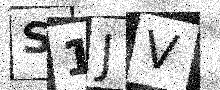
Text: S1JV